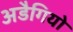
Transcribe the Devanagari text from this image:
अडैगियो